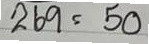
269 = 50